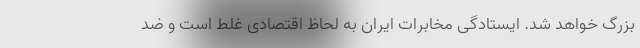
بزرگ خواهد شد. ایستادگی مخابرات ایران به لحاظ اقتصادی غلط است و ضد